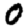
Digit: 0